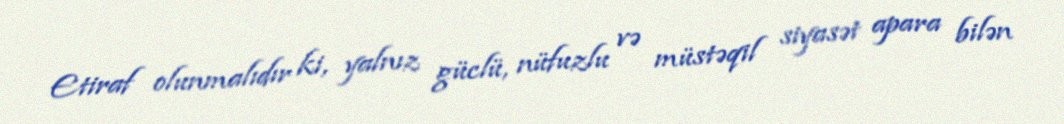
Etiraf olunmalıdır ki, yalnız güclü, nüfuzlu və müstəqil siyasət apara bilən